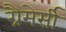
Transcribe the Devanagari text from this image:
ग्रैमेर्सी